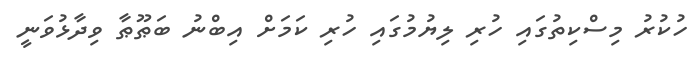
ހުކުރު މިސްކިތުގައި ހުރި ލިޔުމުގައި ހުރި ކަމަށް އިބްނު ބަޠޫޠާ ވިދާޅުވަނީ